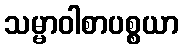
သမ္မာဝါစာပစ္စယာ